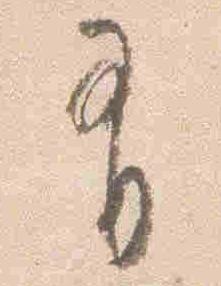
有